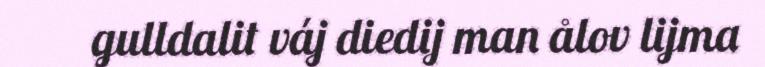
gulldalit váj diedij man ålov lijma